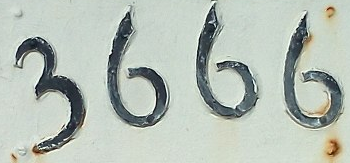
3666